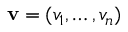
\mathbf { v } = ( v _ { 1 } , \ldots , v _ { n } )